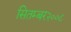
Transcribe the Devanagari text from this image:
सितम्बर२००८